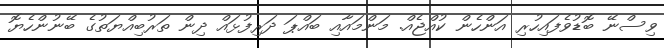
ވިސްނޭ ބޮޑުވެފައިހުރި އަންހެން ކުއްޖެއް. މަންމައާއި ބައްޕަ ދަރިފުޅައް ދިން ތަރުބިއްޔަތުގެ ބޭނުންހެޔޮ